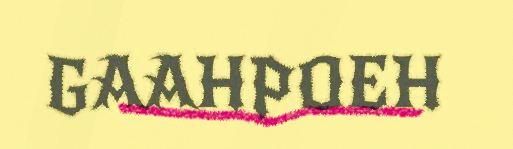
GAAHPOEH